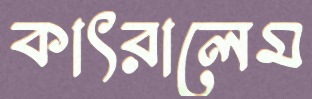
কাৎরালেম